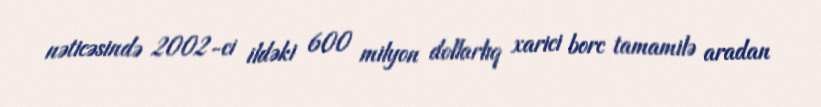
nəticəsində 2002-ci ildəki 600 milyon dollarlıq xarici borc tamamilə aradan